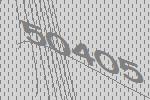
50405